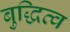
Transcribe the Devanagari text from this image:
बुद्धित्व